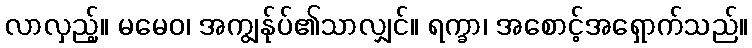
လာလှည့်။ မမေဝ၊ အကျွန်ုပ်၏သာလျှင်။ ရက္ခာ၊ အစောင့်အရှောက်သည်။